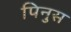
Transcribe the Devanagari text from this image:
पिनुस